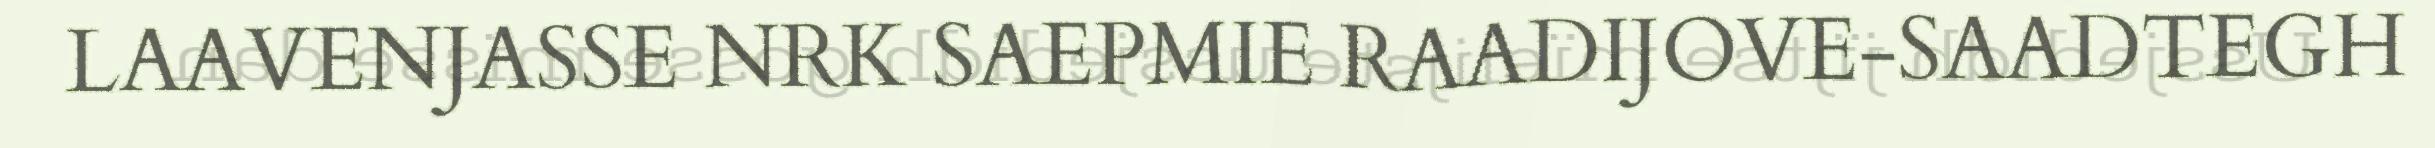
LAAVENJASSE NRK SAEPMIE RAADIJOVE-SAADTEGH